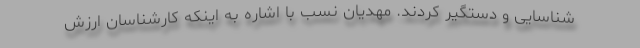
شناسایی و دستگیر کردند. مهدیان نسب با اشاره به اینکه کارشناسان ارزش